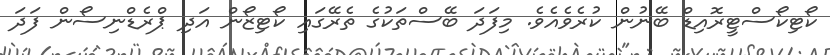
ކޯޓިކޯސްޓީރޮއިޑް ބޭނުން ކުރެވެއެވެ. މިފަދަ ބޭސްތަކުގެ ތެރޭގައި ކޯޓިޒޯން އަދި ޕްރެޑްނިސޯން ފަދަ